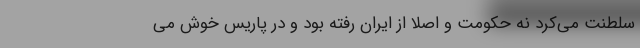
سلطنت می‌کرد نه حکومت و اصلا از ایران رفته بود و در پاریس خوش می‌